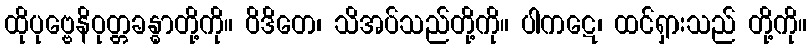
ထိုပုဗ္ဗေနိဝုတ္တခန္ဓာတို့ကို။ ဝိဒိတေ၊ သိအပ်သည်တို့ကို။ ပါကဋေ၊ ထင်ရှားသည် တို့ကို။